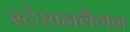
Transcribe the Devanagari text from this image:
स्टेशनवैगन